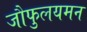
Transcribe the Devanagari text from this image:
जौफुलयमन